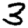
Digit: 3